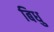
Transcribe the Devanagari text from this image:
बिधु